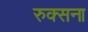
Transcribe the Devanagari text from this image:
रुक्सना